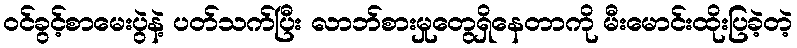
ဝင်ခွင့်စာမေးပွဲနဲ့ ပတ်သက်ပြီး လာဘ်စားမှုတွေရှိနေတာကို မီးမောင်းထိုးပြခဲ့တဲ့